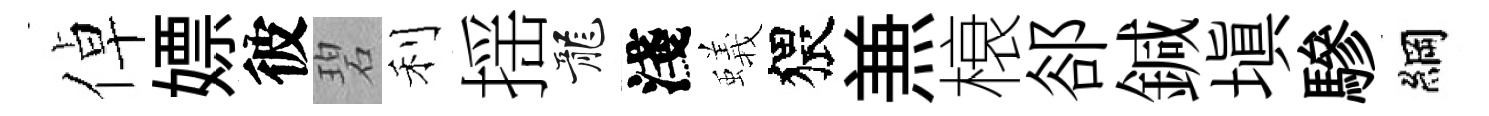
倬嫖彼碧利揺龍淺蟻猥𠔥榱郤鍼塡驂綱